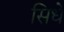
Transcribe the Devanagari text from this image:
सिधे